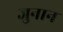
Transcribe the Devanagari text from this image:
जुनान